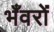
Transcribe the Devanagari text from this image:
भँवरों